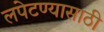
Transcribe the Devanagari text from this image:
लपेटण्यासाठी